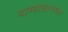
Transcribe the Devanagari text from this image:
याम्योत्तरगमन